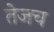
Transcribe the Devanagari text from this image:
तेजच